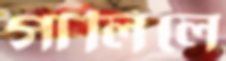
গালিলে